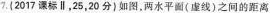
7.{2017课标∥，25，20分)如图，两水平面(虚线)之间的距离